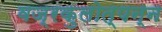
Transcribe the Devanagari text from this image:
वज्रकुलोत्पन्न